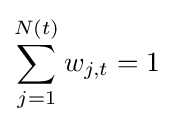
\sum _{j=1}^{N(t)}w_{j,t}=1